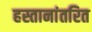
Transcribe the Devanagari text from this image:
हस्तानांतरित